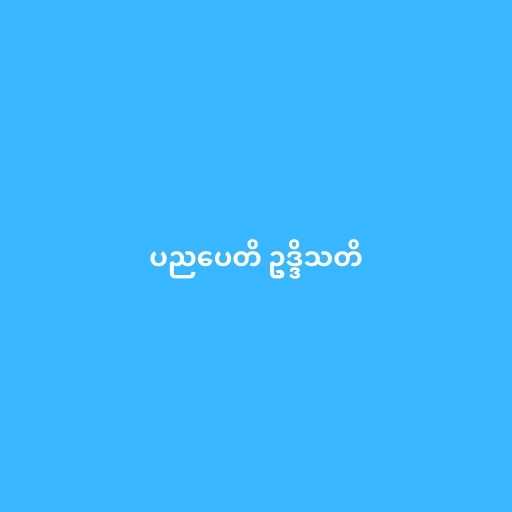
ပညပေတိ ဥဒ္ဒိသတိ